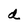
Character: d